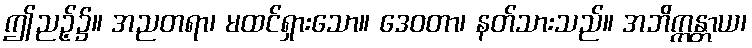
ဤညဉ့်၌။ အညတရာ၊ မထင်ရှားသော။ ဒေဝတာ၊ နတ်သားသည်။ အဘိက္ကန္တာယ၊